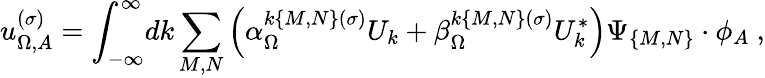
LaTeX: u_{\Omega,A}^{(\sigma)}=\int_{-\infty}^{\infty}\! dk\sum_{M,N}\left(\alpha_{\Omega}^{k\{ M,N\} (\sigma)}U_{k}+\beta_{\Omega}^{k\{ M,N\} (\sigma)}U_{k}^{*}\right)\Psi_{\{ M,N\} }\cdot\phi_{A}\ ,